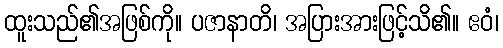
ထူးသည်၏အဖြစ်ကို။ ပဇာနာတိ၊ အပြားအားဖြင့်သိ၏။ ဧဝံ၊